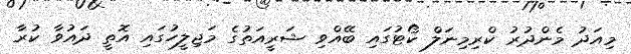
މިއަދު މެންދުރު ކްރިމިނަލް ކޯޓުގައި ބޭއްވި ޝަރީއަތުގެ މަޖިލީހުގައި އޮތީ ދައުވާ ކުރާ